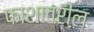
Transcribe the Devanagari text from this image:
फाशावरील